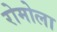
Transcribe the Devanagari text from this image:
रोमोला